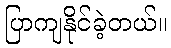
ပြာကျနိုင်ခဲ့တယ်။